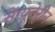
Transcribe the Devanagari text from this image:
सेंग्यूनेरीन